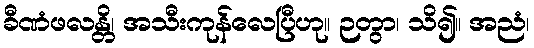
ခီဏံဖလန္တိ၊ အသီးကုန်လေပြီဟု။ ဉတွာ၊ သိ၍။ အညံ၊